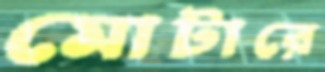
মোটারে